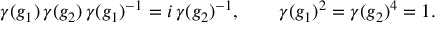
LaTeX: \gamma ( g _ { 1 } ) \, \gamma ( g _ { 2 } ) \, \gamma ( g _ { 1 } ) ^ { - 1 } = i \, \gamma ( g _ { 2 } ) ^ { - 1 } , \qquad \gamma ( g _ { 1 } ) ^ { 2 } = \gamma ( g _ { 2 } ) ^ { 4 } = 1 .